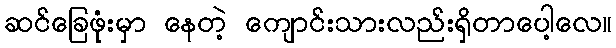
ဆင်ခြေဖုံးမှာ နေတဲ့ ကျောင်းသားလည်းရှိတာပေါ့လေ။